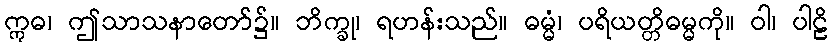
ဣဓ၊ ဤသာသနာတော်၌။ ဘိက္ခု၊ ရဟန်းသည်။ ဓမ္မံ၊ ပရိယတ္တိဓမ္မကို။ ဝါ၊ ပါဠိ